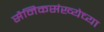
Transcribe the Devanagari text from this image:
सैनिकसंख्येच्या